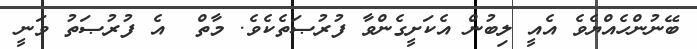
ބޭނުންހެއްޔެވެ އެއީ ލިބުން އެކަށީގެންވާ ފުރުޞަތެކެވެ. މާތް  އެ ފުރުޞަތު ވަނީ